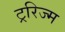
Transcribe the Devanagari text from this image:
ट्ररिज्म